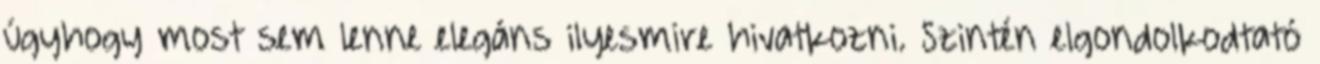
úgyhogy most sem lenne elegáns ilyesmire hivatkozni. Szintén elgondolkodtató